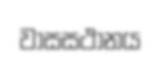
වාසසථානය